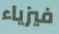
فيزياء